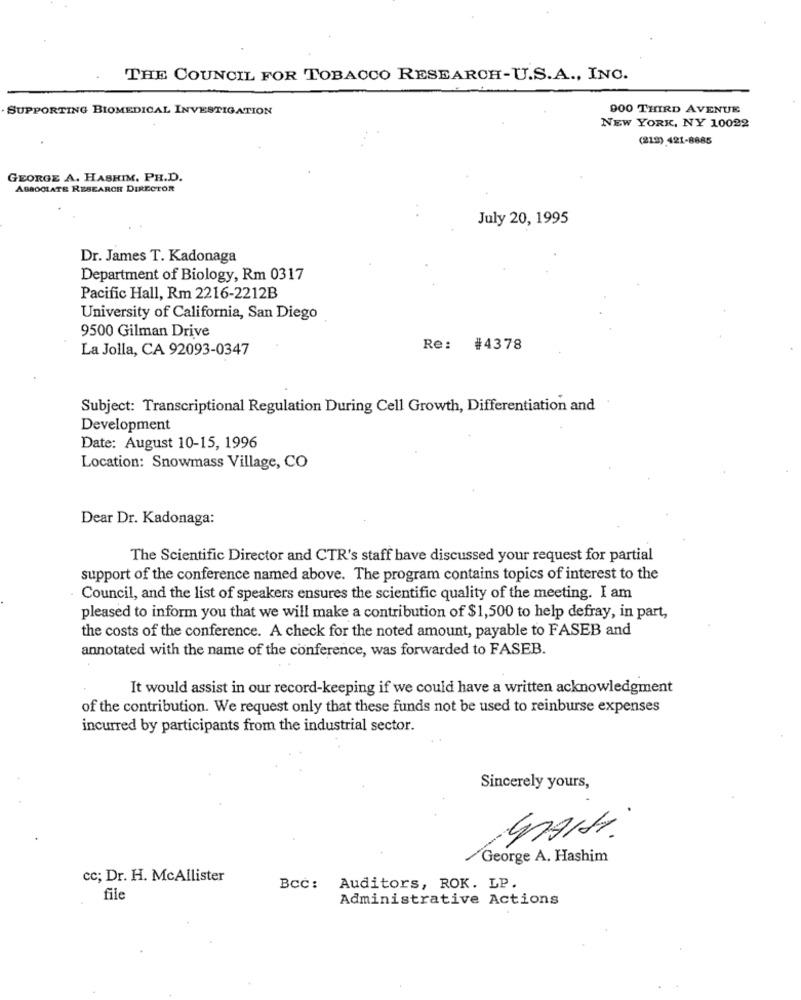
THE COUNCIL FOR TOBACCO RESEARCH-U.S.A ., INC.
SUPPORTING BIOMEDICAL INVESTIGATION
900 THIRD AVENUE
NEW YORK, NY 10022
(219) 421-8885
GEORGE A. HASHIM, PH.D.
ASSOCIATE RESEARCH DIRECTOR
July 20, 1995
Dr. James T. Kadonaga
Department of Biology, Rm 0317
Pacific Hall, Rm 2216-2212B
University of California, San Diego
9500 Gilman Drive
La Jolla, CA 92093-0347
Re: #4378
Subject: Transcriptional Regulation During Cell Growth, Differentiation and
Development
Date: August 10-15, 1996
Location: Snowmass Village, CO
Dear Dr. Kadonaga:
The Scientific Director and CTR's staff have discussed your request for partial
support of the conference named above. The program contains topics of interest to the
Council, and the list of speakers ensures the scientific quality of the meeting. I am
pleased to inform you that we will make a contribution of $1,500 to help defray, in part,
the costs of the conference. A check for the noted amount, payable to FASEB and
annotated with the name of the conference, was forwarded to FASEB.
It would assist in our record-keeping if we could have a written acknowledgment
of the contribution. We request only that these funds not be used to reinburse expenses
incurred by participants from the industrial sector.
Sincerely yours,
.
George A. Hashim
cc; Dr. H. McAllister
Bcc: Auditors, ROK. LP.
file
Administrative Actions